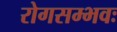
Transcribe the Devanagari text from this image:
रोगसम्भवः